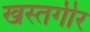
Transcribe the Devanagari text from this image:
खस्तगीर